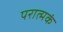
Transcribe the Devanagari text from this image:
परात्मकं